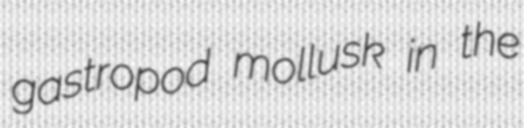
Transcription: gastropod mollusk in the